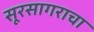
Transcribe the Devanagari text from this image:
सूरसागराचा